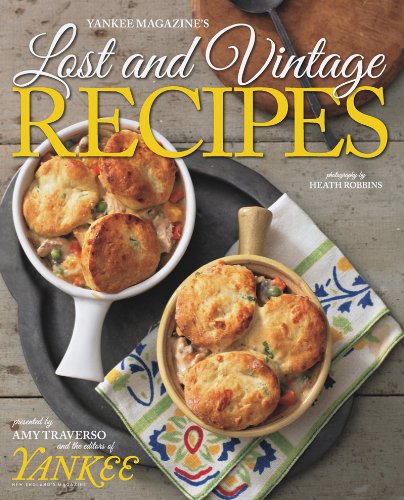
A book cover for Yankee's Lost & Vintage Recipes; The Editors of Yankee Magazine; Cookbooks, Food & Wine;